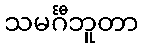
သမင်္ဂီဘူတာ